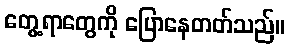
တွေ့ရာတွေကို ပြောနေတတ်သည်။